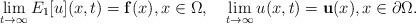
LaTeX: \begin{align*}\lim_{t\rightarrow\infty}E_1[u](x,t)=\bold f(x),x\in\Omega,\quad\lim_{t\rightarrow\infty}u(x,t)=\bold u(x),x\in\partial\Omega.\end{align*}